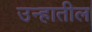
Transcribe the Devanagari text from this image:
उन्हातील